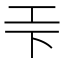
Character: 𭘃